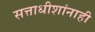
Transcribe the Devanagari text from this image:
सत्ताधीशांनाही